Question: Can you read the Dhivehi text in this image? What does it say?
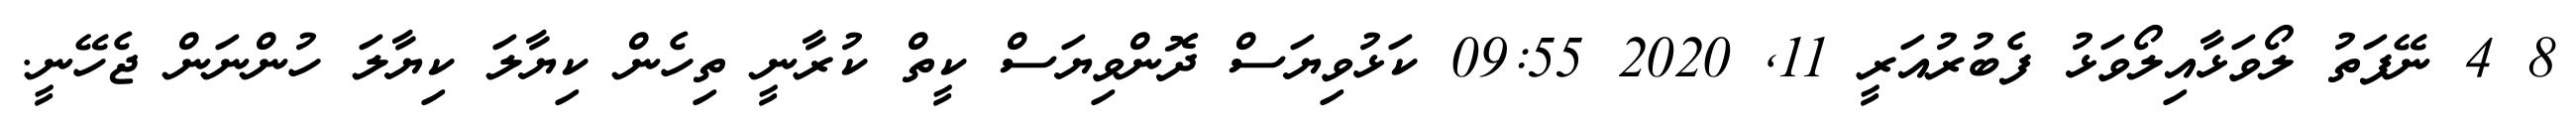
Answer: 8 4 ނޭފަތު ލޯވަޅާއިލޯވަޅު ފެބުރުއަރީ 11, 2020 09:55 ކަޅުވިޔަސް ދޮންވިޔަސް ކީތް ކުރާނީ ތިހެން ކިޔާލަ ކިޔާލަ ހުންނަން ޖެހޭނީ.